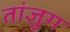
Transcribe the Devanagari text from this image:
तांजुग